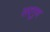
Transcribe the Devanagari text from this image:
सद्‌गुण